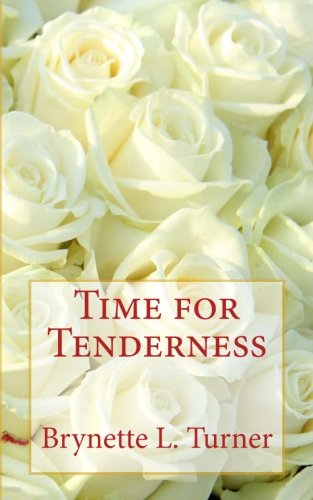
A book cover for Time for Tenderness; Brynette L. Turner; Romance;